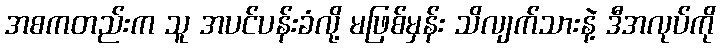
အစကတည်းက သူ အပင်ပန်းခံလို့ မဖြစ်မှန်း သိလျက်သားနဲ့ ဒီအလုပ်ကို